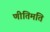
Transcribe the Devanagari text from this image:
णीतिमति